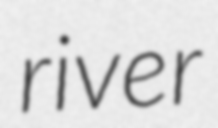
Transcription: river